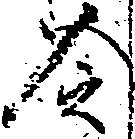
令